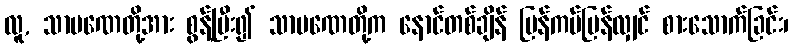
လူ, သာမဏေတို့အား စွန့်ပြီး၍ သာမဏေတို့က နောင်တစ်ချိန် ပြန်ကပ်ပြန်လျှင် စားသောက်ခြင်း၊